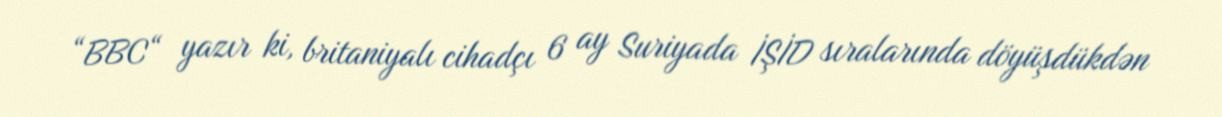
“BBC“ yazır ki, britaniyalı cihadçı 6 ay Suriyada İŞİD sıralarında döyüşdükdən